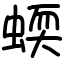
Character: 蝡